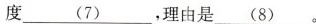
度\underline{(7)}，理由\underline{(8)}。